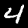
Label: 4